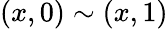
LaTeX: (x,0)\sim(x,1)